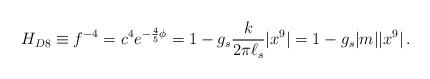
\begin{align*}H_{D8} \equiv f^{-4} = c^4 e^{-{4\over 5}\phi} = 1- g_s {k \over 2\pi \ell_s}|x^9 | = 1- g_s |m||x^9|\, .\end{align*}